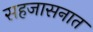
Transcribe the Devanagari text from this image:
सहजासनात